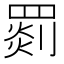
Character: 𦋺